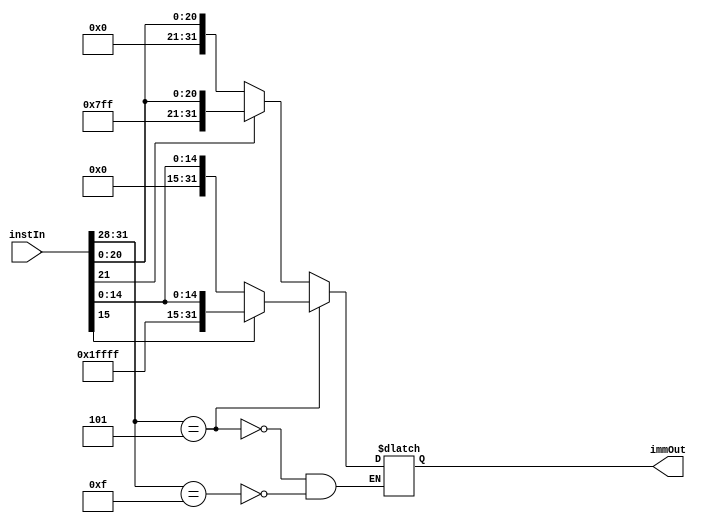
`timescale 1ns / 1ps
//////////////////////////////////////////////////////////////////////////////////
// Company: 
// Engineer: 
// 
// Design Name: 
// Module Name: immGen
// Project Name: 
// Target Devices: 
// Tool Versions: 
// Description: 
// 
// Dependencies: 
// 
// Revision:
// Revision 0.01 - File Created
// Additional Comments:
// 
//////////////////////////////////////////////////////////////////////////////////


module signExtend(instIn, immOut);
    //inputs
    //input gen;              //Imm Gen control line?
    //input [21:0] instIn;    //22-bits from instruction given to the Imm Gen?
    input [31:0] instIn;        //the whole instruction is taken in
    //output
    output reg [31:0] immOut;   //32-bit immediate value out
    //sign extend value
    //reg [9:0] sign;
    //part of full instruction for either instruction
    reg [21:0] instInSVPC;  //take this part of instIn for SVPC instruction
    reg [15:0] instInInc;   //take this part of instIn for Icrement instruction
    
    //input is 22-bits? so sign extend the next 10 bits
    always @ (instIn)
    begin
        if (instIn[31:28] == 4'b1111) begin     //if opcode is opcode for SVPC
            //sign extend for SVPC has 22-bit input
            instInSVPC = instIn[21:0];
            if (instIn[21] == 1'b0) begin     //if MSB of instIn is 0, meaning input is positive
                immOut = {10'b0000000000, instInSVPC};  
                
                //not using sign because I would need two sign variables
                //sign = 10'b0000000000;
                //immOut = {sign, instIn};    //concatenate sign and input to make output
            end else begin                  //if MSB is 1, meaning input is negative
                immOut = {10'b1111111111, instInSVPC};
                
                //sign = 10'b1111111111;
                //immOut = {sign, instIn};
            end
        end
        if (instIn [31:28] == 4'b0101) begin    //if opcode is opcode for Increment
            //sign extend for Increment uses 16-bit input
            instInInc = instIn[15:0];
            if (instIn[15] == 1'b0) begin
                immOut = {16'b0000000000000000, instInInc};
            end else begin
                immOut = {16'b1111111111111111, instInInc};
            end
        end
        /*if (instIn[21] == 1'b0) begin     //if MSB of instIn is 0, meaning input is positive
            sign = 10'b0000000000;
            immOut = {sign, instIn};    //concatenate sign and input to make output
        end else begin                  //if MSB is 1, meaning input is negative
            sign = 10'b1111111111;
            immOut = {sign, instIn};
        end*/
    end
endmodule